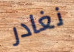
نغادر